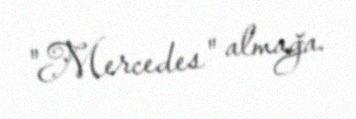
"Mercedes" almağa.